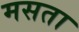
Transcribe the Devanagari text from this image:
मसता